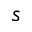
s